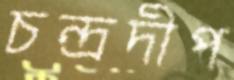
চন্দ্রদীপ